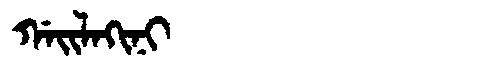
Manchu: ᡤᠠᡳᠯᠠᡴᡳᠨᡳ
Romanization: GAILAKINI